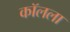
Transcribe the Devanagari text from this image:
कॉलला